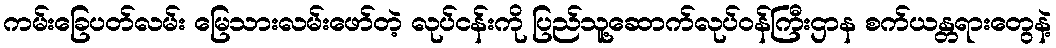
ကမ်းခြေပတ်လမ်း မြေသားလမ်းဖော်တဲ့ လုပ်ငန်းကို ပြည်သူ့ဆောက်လုပ်ဝန်ကြီးဌာန စက်ယန္တရားတွေနဲ့